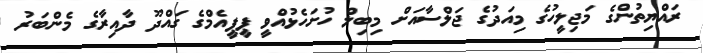
ރައްޔިތުންގެ މަޖިލީހުގެ މިއަދުގެ ޖަލްސާއަށް މިބިލް ހުށަހެޅުއްވީ ޕީޕީއެމްގެ ގައްދޫ ދާއިރާގެ މެންބަރު